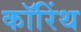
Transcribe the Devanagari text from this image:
कॉरिंथ